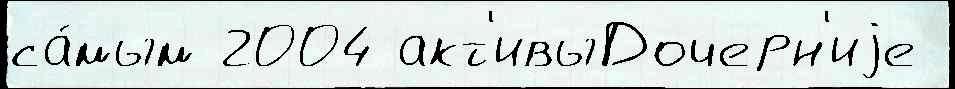
са́мым 2004 акт'ивыДочерн'иjе